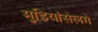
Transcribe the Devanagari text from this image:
मुडियांसेलगे